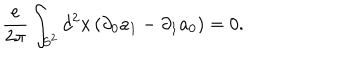
{ \frac { e } { 2 \pi } } \int _ { S ^ { 2 } } d ^ { 2 } x \, ( \partial _ { 0 } a _ { 1 } - \partial _ { 1 } a _ { 0 } ) = 0 .